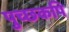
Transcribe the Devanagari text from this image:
पुच्छकपि